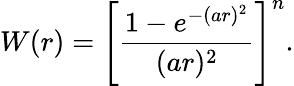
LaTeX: W(r)=\left[\frac{1-e^{-(ar)^{2}}}{(ar)^{2}}\right]^{n}.